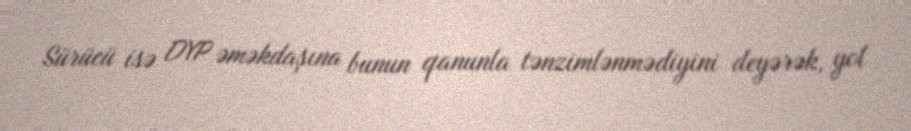
Sürücü isə DYP əməkdaşına bunun qanunla tənzimlənmədiyini deyərək, yol